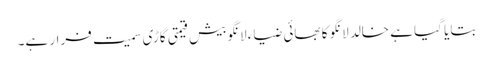
بتایا گیا ہے خالد لانگو کا بھائی ضیاء لانگو بیش قیمتی گاڑی سمیت فرار ہے۔